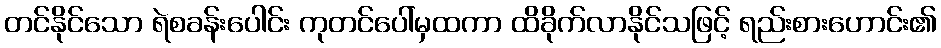
တင်နိုင်သော ရဲစခန်းပေါင်း ကုတင်ပေါ်မှထကာ ထိခိုက်လာနိုင်သဖြင့် ရည်းစားဟောင်း၏